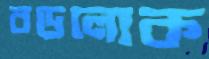
বড়লোক